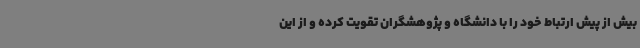
بیش از پیش ارتباط خود را با دانشگاه و پژوهشگران تقویت کرده و از این